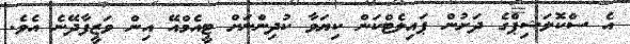
އެ ސްކޮލަޝިޕްގެ ދަށުން ޕައިލެޓްކަން ކިޔަވާ ކުދިންނަށް ޓީއެމްއޭ އިން ވަޒީފާދޭނެ އެވެ.